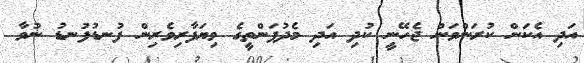
އަދި އެކަން ކުރަންވަން ޖެހޭނީ ކުދި އަދި މެދުފަންތީގެ ވިޔަފާރިވެރިން ފުނޑުފުނޑު ނުވާ